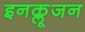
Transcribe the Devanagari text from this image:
इनक्लूजन